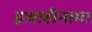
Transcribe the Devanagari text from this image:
इलाहीनामा